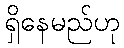
ရှိနေမည်ဟု